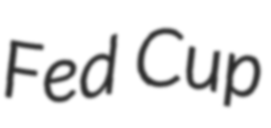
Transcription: Fed Cup